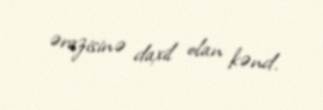
ərazisinə daxil olan kənd.